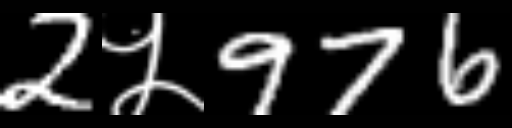
Text: 2५976